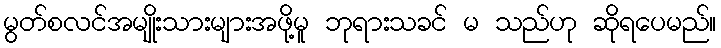
မွတ်စလင်အမျိုးသားများအဖို့မူ ဘုရားသခင် မ သည်ဟု ဆိုရပေမည်။